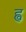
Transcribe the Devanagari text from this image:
ह्व